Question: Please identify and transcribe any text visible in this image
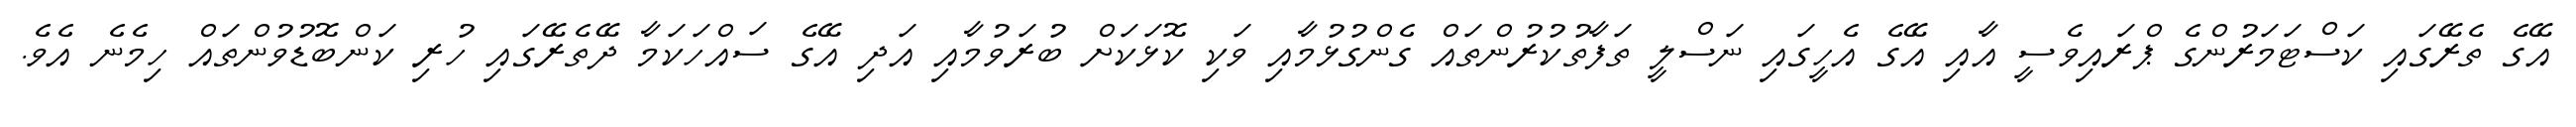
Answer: އޭގެ ތެރޭގައި ކަސްޓަމަރުންގެ ޕްރައިވެސީ އާއި އޭގެ އެހީގައި ނަސްލީ ތަފާތުކުރުންތައް ގެންގުޅުމާއި ވަކި ކޮޅަކަށް ބުރަވުމާއި އަދި އޭގެ ސައްހަކަމާ ދޭތެރޭގައި ހުރި ކަންބޮޑުވުންތައް ހިމެނެ އެވެ.